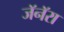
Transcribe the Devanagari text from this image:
जॅनॅरा